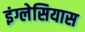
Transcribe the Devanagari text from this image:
इंग्लेसियास